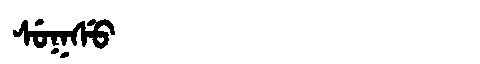
Manchu: ᠰᡠᡴᠰᡠ
Romanization: SUKSU